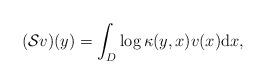
LaTeX: \begin{align*}(\mathcal{S}v)({y})=\int_{D}\log\kappa(y,x)v(x)\mathrm{d}x,\end{align*}